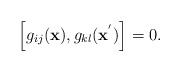
LaTeX: \begin{align*}\left[ g_{ij}({\bf x}), g_{kl}({\bf x}^{'})\right] = 0. \end{align*}